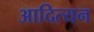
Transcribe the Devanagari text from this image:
आदित्यन